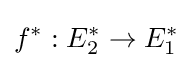
f^{*}:E_{2}^{*}\to E_{1}^{*}